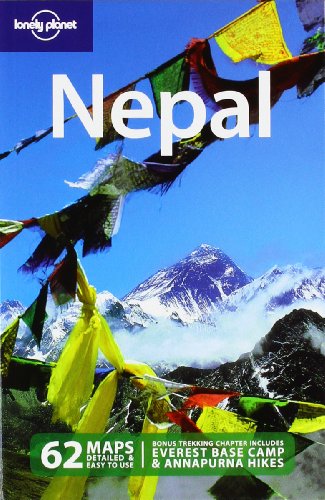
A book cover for Lonely Planet Nepal (Country Travel Guide); Joe Bindloss; Travel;